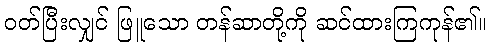
ဝတ်ပြီးလျှင် ဖြူသော တန်ဆာတို့ကို ဆင်ထားကြကုန်၏။